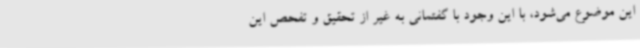
این موضوع می‌شود، با این وجود با گفتمانی به غیر از تحقیق و تفحص این